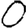
Digit: 0